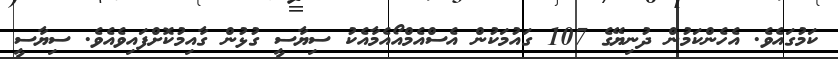
ކަމުގައެވެ. އެހެންކަމުން ދުނިޔޭގެ 107 ގައުމަކުން އެސްއެމްއޯއެމާއެކު ސިޔާސީ ގުޅުން ގާއިމުކޮށްފައިވެއެވެ. ސިޔާސީ